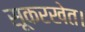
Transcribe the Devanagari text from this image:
सूकरखेत।